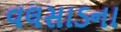
વલસાડના